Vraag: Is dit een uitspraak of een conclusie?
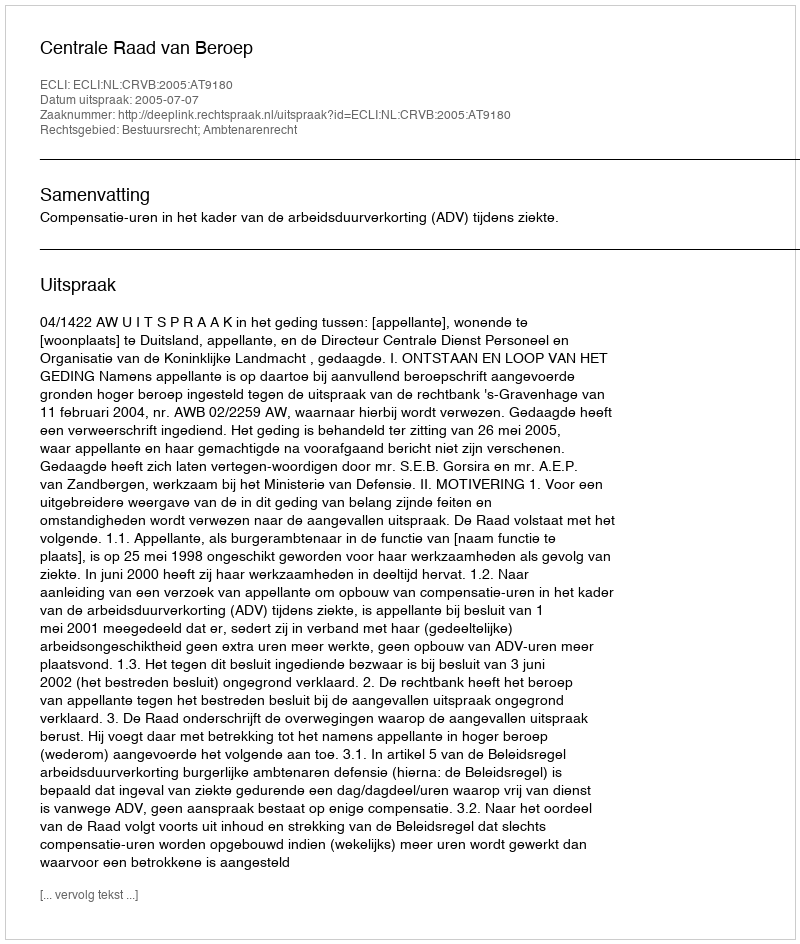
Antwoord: Uitspraak